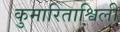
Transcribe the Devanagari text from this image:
कुमारिताश्विली